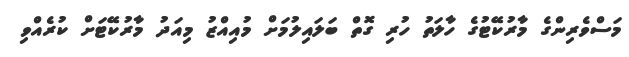
މަސްވެރިންގެ މާރުކޭޓުގެ ހާލަތު ހުރި ގޮތް ބަލައިލުމަށް މުއިއްޒު މިއަދު މާރުކޭޓަށް ކުރެއްވި